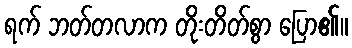
ရက် ဘတ်တလာက တိုးတိတ်စွာ ပြော၏။